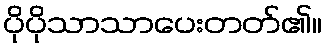
ပိုပိုသာသာပေးတတ်၏။